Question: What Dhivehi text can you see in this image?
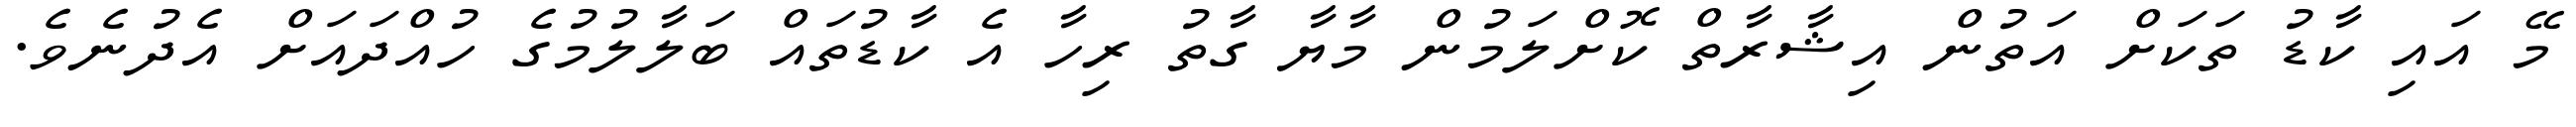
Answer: މޭ އައި ކާޑު ތަކަށް އަތުން އިޝާރާތް ކޮށްލަމުން މާޔާ ގާތު ރިހާ އެ ކާޑުތައް ބަލާލުމުގެ ހުއްދައަށް އެދުނެވެ.